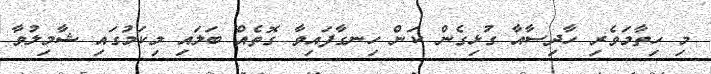
މި ހިތާމަވެރި ހާދިސާއާ ގުޅިގެން ކަން ހިނގާފައިވާ ގޮތެއް ބަލައި މިކަމުގައި ޝާމިލުވާ